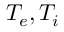
T _ { e } , T _ { i }